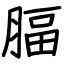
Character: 腷